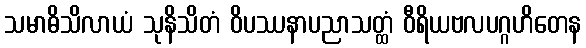
သမာဓိသိလာယံ သုနိသိတံ ဝိပဿနာပညာသတ္ထံ ဝီရိယဗလပဂ္ဂဟိတေန